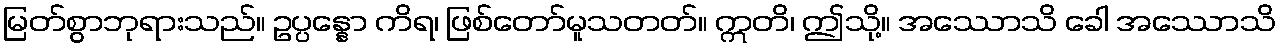
မြတ်စွာဘုရားသည်။ ဥပ္ပန္နော ကိရ၊ ဖြစ်တော်မူသတတ်။ ဣတိ၊ ဤသို့။ အဿောသိ ခေါ အဿောသိ